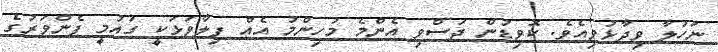
ނަހުލާ ވިދާޅުވިއެވެ. ކޮވިޑުން ދަސްވި އެންމެ މުހިންމު އެއް ފިލާވަޅަކީ ގައުމީ ފެންވަރުގެ